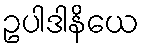
ဥပါဒါနိယေ